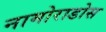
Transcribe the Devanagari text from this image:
नामोराडोस